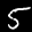
Label: 5